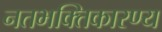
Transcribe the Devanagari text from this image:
नतभक्तिकारण्य